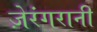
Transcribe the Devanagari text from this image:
ज़ेरंगरानी